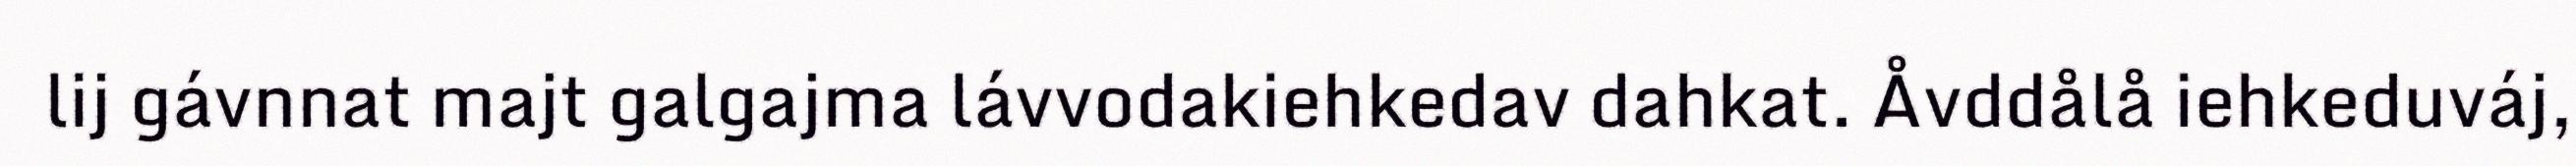
lij gávnnat majt galgajma lávvodakiehkedav dahkat. Åvddålå iehkeduváj,